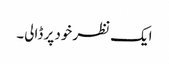
ایک نظر خود پر ڈالی۔